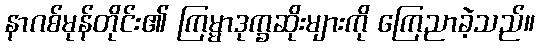
နာဂစ်မုန်တိုင်း၏ ကြမ္မာဒုက္ခဆိုးများကို ကြေညာခဲ့သည်။